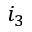
i _ { 3 }